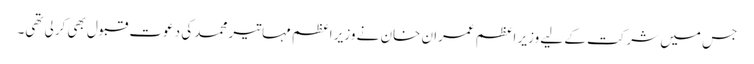
جس میں شرکت کے لیے وزیر اعظم عمران خان نے وزیر اعظم مہاتیر محمد کی دعوت قبول بھی کرلی تھی۔